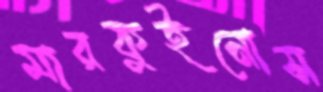
মারকুইনোস